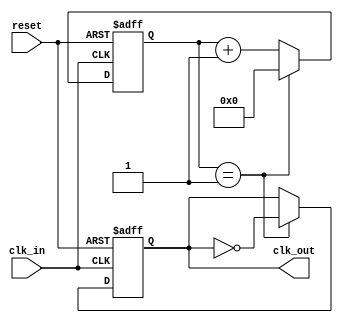
module clock_divider #(
    parameter N = 2  // Division factor, can be adjusted at instantiation
)(
    input wire clk_in,    // Input clock signal
    input wire reset,     // Asynchronous reset signal
    output reg clk_out    // Output divided clock signal
);

    reg [31:0] counter;   // Internal counter to track clock cycles

    // Asynchronous reset and clock division logic
    always @(posedge clk_in or posedge reset) begin
        if (reset) begin
            counter <= 0;   // Reset counter to zero
            clk_out <= 0;   // Set output clock to low
        end else begin
            if (counter == (N - 1)) begin
                clk_out <= ~clk_out; // Toggle output clock
                counter <= 0;         // Reset counter
            end else begin
                counter <= counter + 1; // Increment counter
            end
        end
    end

endmodule